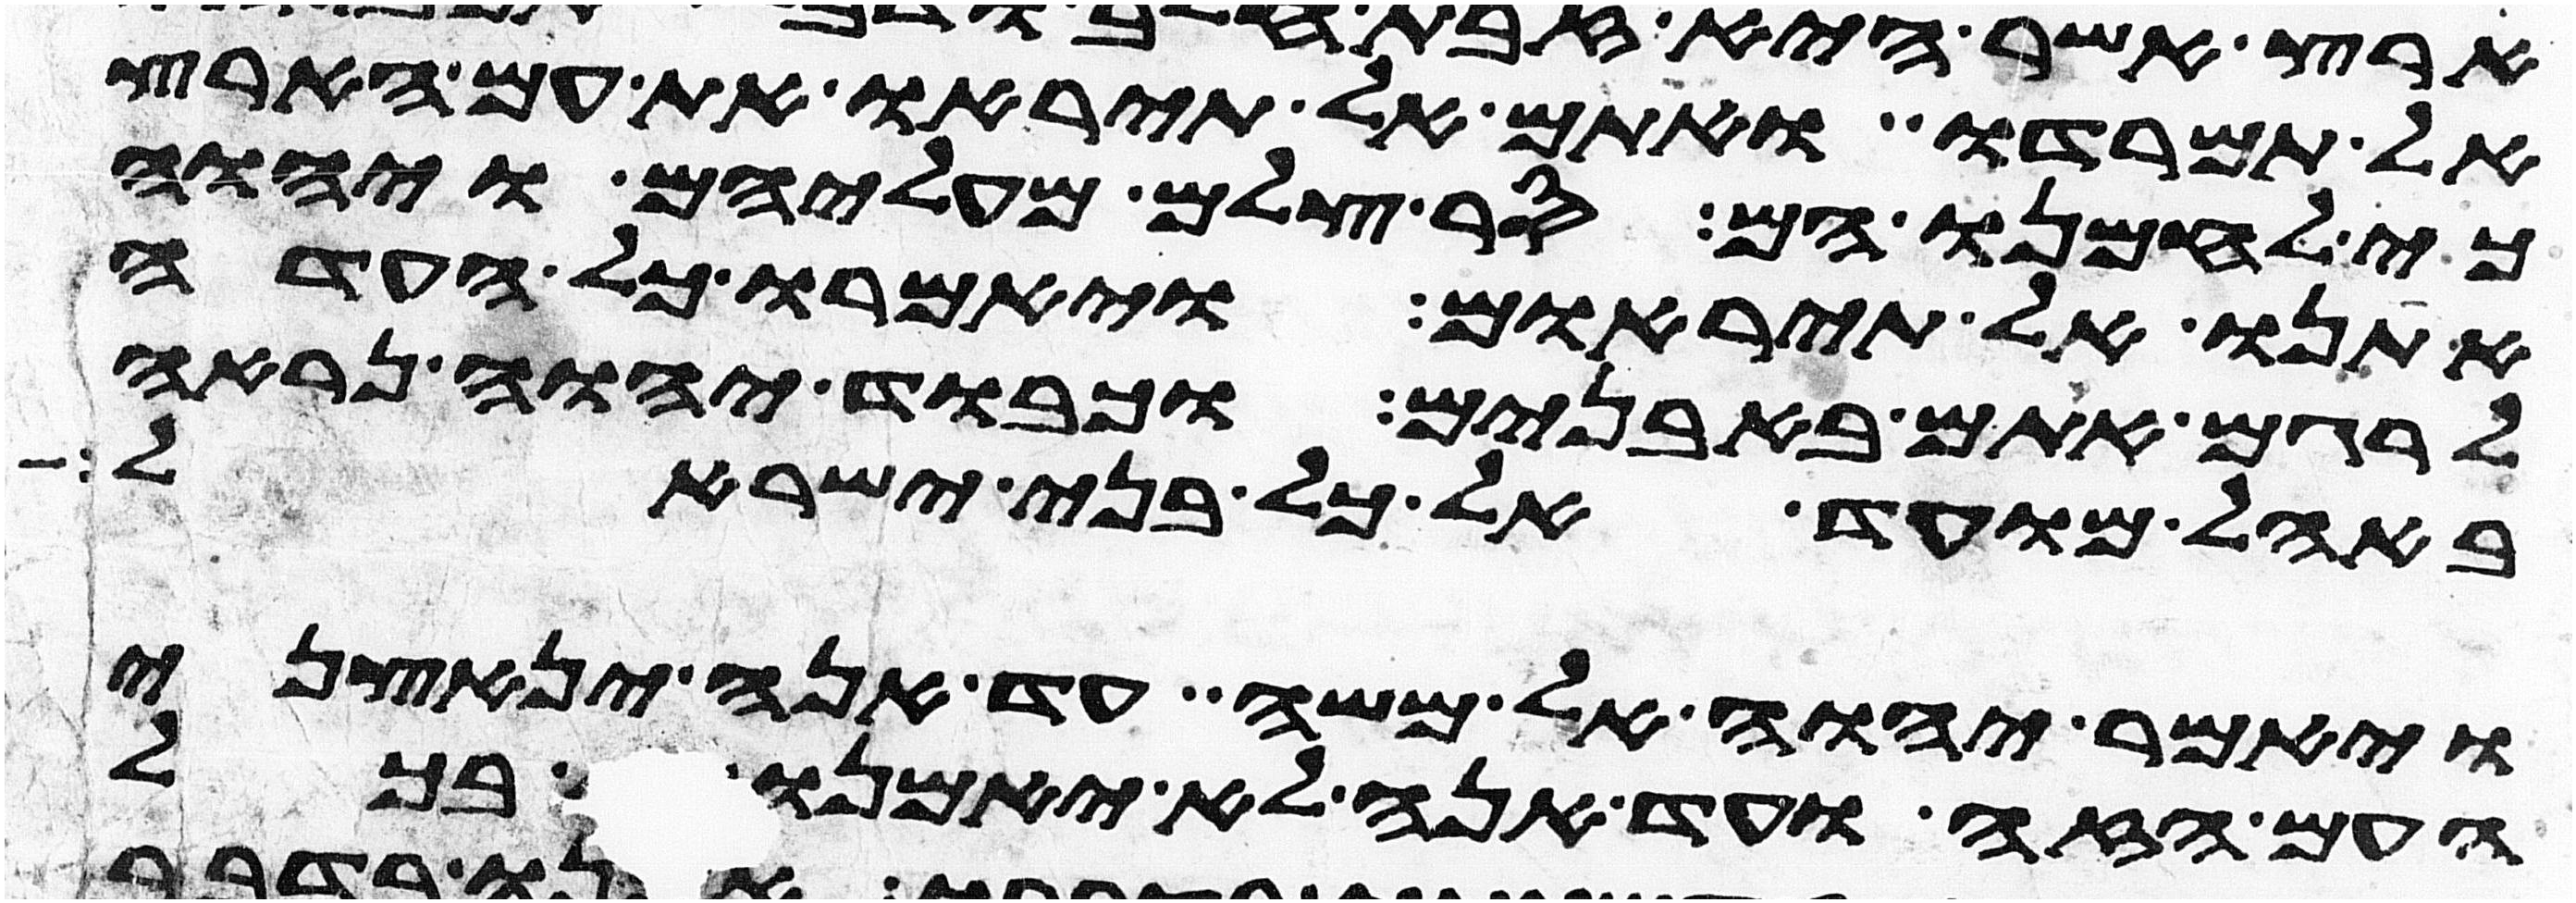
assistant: אל תמרדו ואתם אל תיראו את עם הארץ
כי לחמנו הם סר צלם מעליהם ויהוה
אתנו אל תיראום ויאמרו כל העדה
לרגם אתם באבנים וכבוד יהוה נראה
באהל מועד אל כל בני ישראל
ויאמר יהוה אל משה עד אנה ינאצני
העם הזה ועד הנה לא יאמנו בי בכל